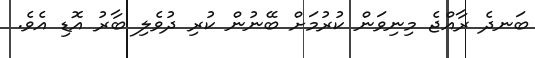
ބަނދެ ރާއްޖެ މިނިވަން ކުރުމަށް ބޭނުން ކުރި ދުވެލި ބާރު އޮޑި އެވެ.